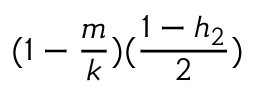
( 1 - \frac { m } { k } ) ( \frac { 1 - h _ { 2 } } { 2 } )